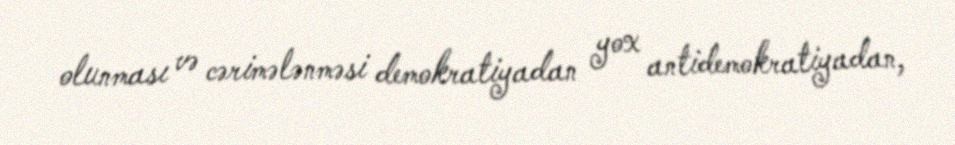
olunması və cərimələnməsi demokratiyadan yox antidemokratiyadan,